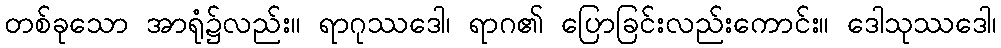
တစ်ခုသော အာရုံ၌လည်း။ ရာဂုဿဒေါ၊ ရာဂ၏ ပြောခြင်းလည်းကောင်း။ ဒေါသုဿဒေါ၊